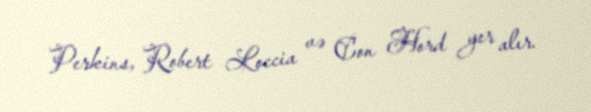
Perkins, Robert Loccia və Con Hord yer alır.